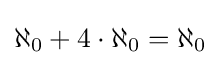
\aleph _{0}+4\cdot \aleph _{0}=\aleph _{0}